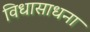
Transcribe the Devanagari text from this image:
विधासाधना